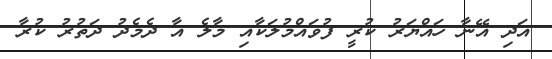
އަދި އޭނާ ހައްޔަރު ކުރީ ފުވައްމުލަކާއި މާލެ އާ ދެމެދު ދަތުރު ކުރާ